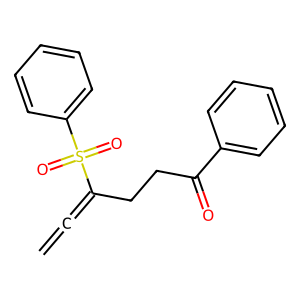
SMILES: C=C=C(CCC(=O)c1ccccc1)S(=O)(=O)c1ccccc1
Inhibits HIV replication: No